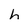
Character: h